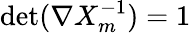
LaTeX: \mathrm{det}(\nabla X_{m}^{-1})=1